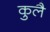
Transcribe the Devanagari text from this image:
कुलै